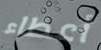
أعطاء